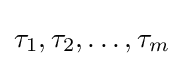
\tau _{1},\tau _{2},\dots ,\tau _{m}